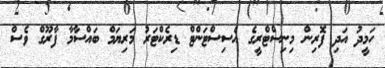
ހަމީދު އަދި ފޮރިން މިނިސްޓްރީގެ އެސިސްޓަންޓް ޑިރެކްޓަރު މަރިޔަމް ބައްސާމާ ފާރޫގް ވެސް